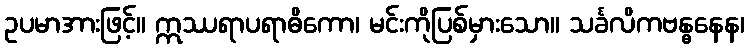
ဥပမာအားဖြင့်။ ဣဿရာပရာဓိကော၊ မင်းကိုပြစ်မှားသော။ သင်္ခလိကဗန္ဓနေန၊